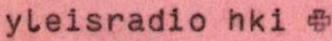
yleisradio hki +